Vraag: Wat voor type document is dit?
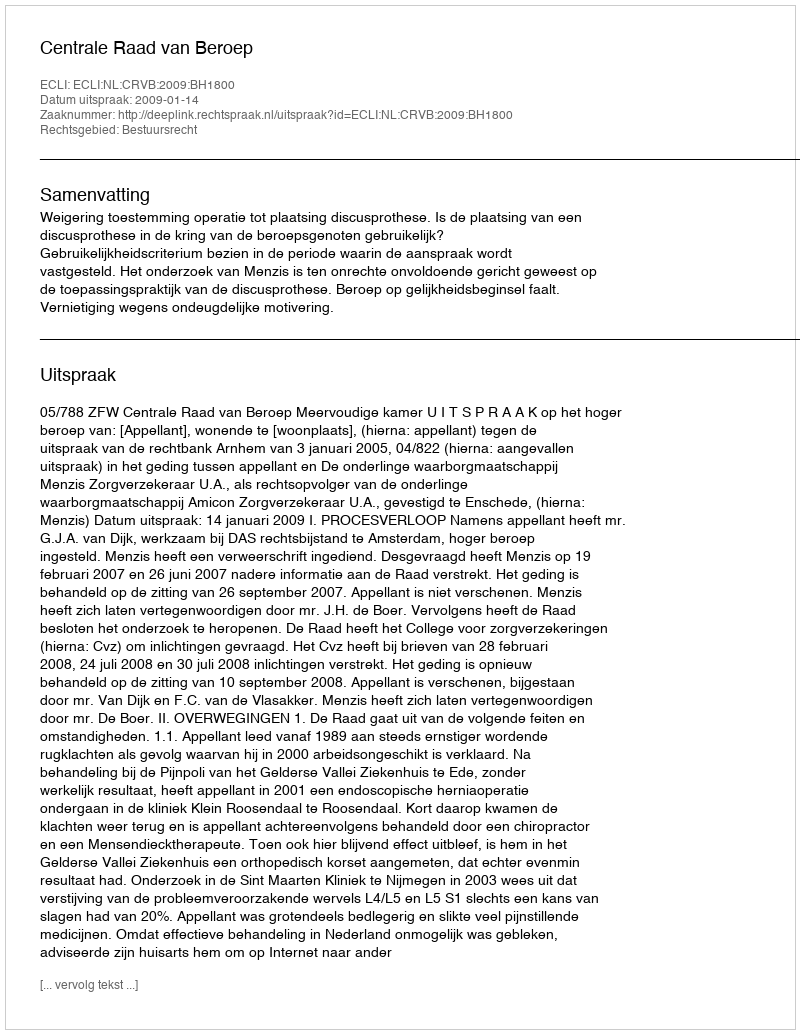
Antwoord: Uitspraak